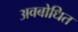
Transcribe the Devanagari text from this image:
अवबोधित